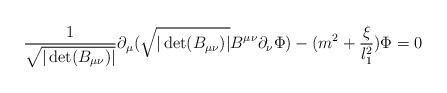
LaTeX: \begin{align*} \frac{1}{\sqrt{|\det (B_{\mu\nu})|}}\partial_\mu(\sqrt{|\det (B_{\mu\nu})|}B^{\mu\nu}\partial_\nu\Phi)-(m^2+\frac{\xi}{l_1^2})\Phi=0\end{align*}